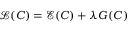
\mathscr { L } ( C ) = \mathcal { E } ( C ) + \lambda G ( C )